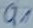
Text: Q1